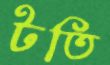
টতি